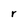
Character: r